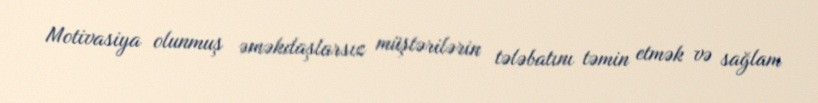
Motivasiya olunmuş əməkdaşlarsız müştərilərin tələbatını təmin etmək və sağlam